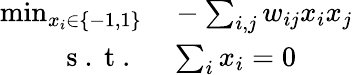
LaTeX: \begin{array}{rl}{\operatorname*{min}_{x_{i}\in\{ -1,1\} }}&{{}-\sum_{i,j}w_{ij}x_{i}x_{j}}\\ {\mathrm{~s~.~t~.~}}&{{}\sum_{i}x_{i}=0}\end{array}